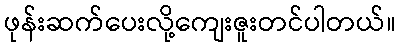
ဖုန်းဆက်ပေးလို့ကျေးဇူးတင်ပါတယ်။